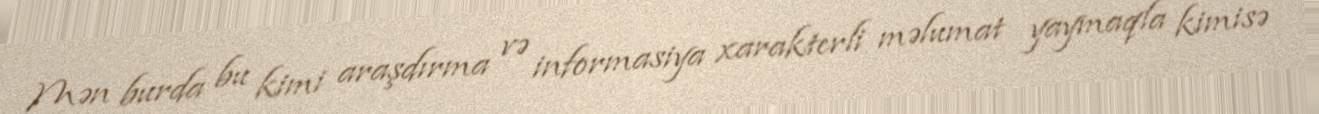
Mən burda bu kimi araşdırma və informasiya xarakterli məlumat yaymaqla kimisə